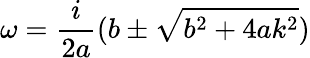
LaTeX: \omega=\frac{i}{2a}(b\pm\sqrt{b^{2}+4ak^{2}})